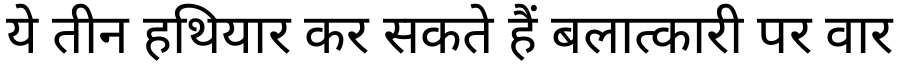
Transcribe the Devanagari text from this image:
ये तीन हथियार कर सकते हैं बलात्कारी पर वार